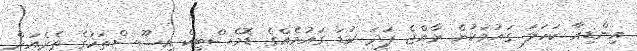
އިންޑިއާ ކަހަލަ ގައުމަކުން ރާއްޖެ ފަދަ ކުޑަ ގައުމެއްގެ ޑޮމެސްޓިކް އިޝޫސްތަކުގެ ތެރެއަށް